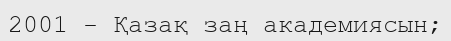
2001 - Қазақ заң академиясын;